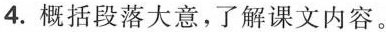
4.概括段落大意，了解课文内容。